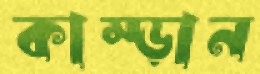
কাম্‌ড়ান